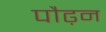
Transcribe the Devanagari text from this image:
पौढ़न